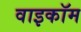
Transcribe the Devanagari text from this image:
वाइकॉम